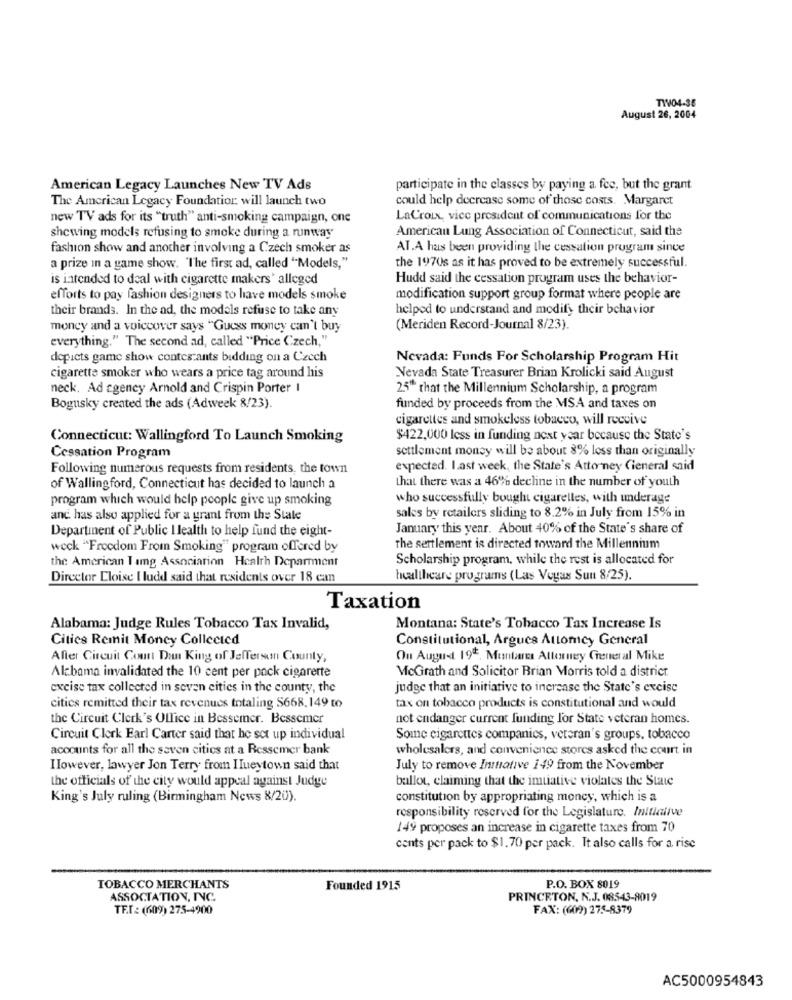
TIV04-35
August 26, 2004
American Legacy Launches New TV Ads
participate in the classes by paying a fee, but the grant
The American Legacy Foundation. will launch two
could help decrease some of those costs. Margaret
new TV ads for its "truth" anti-smoking campaign, one
LaCroix, vice president of communications for the
American Lung Association of Connecticut, said the
showing models refusing to smoke during a runway
fashion show and another involving a Czech smoker as
AT.A has been providing the cessation program since
a prize in a game show. "The first ad, called "Models,"
the 1970s as it has proved to be extremely successful.
is intended to deal with cigarette makers' alleged
Hudd said the cessation program uses the behavior-
efforts to pay fashion designers to have models smoke
modification support group format where people are
their brands. In the ad, the models refuse to take any
helped to understand and modify their behavior
moncy and a voiceover says "Guess money can't buy
(Meriden Record-Journal 8/23).
everything." The second ad, called "Price Czech,"
depicts game show contes ants bidding on a Czech
Nevada: Funds For Scholarship Program Hit
cigarette smoker who wears a price tag around his
Nevada State Treasurer Brian Krolicki said August
neck. Ad agency Arnold and Crispin Porter I
2.5" that the Millennium Scholarship, a program
Bogusky created the ads (Adweek 8/23).
funded by proceeds from the MSA and taxes on
cigarettes and smokeless tobacco, will receive
Connecticut: Wallingford To Launch Smoking
$422,000 less in funding next year because the State's
settlement money will be about 8% less than originally
Cessation Program
Following numerous requests from residents, the town
expected. Last week, the State's Attorney Cieneral said
that there was a 46% decline in the number of youth
of Wallingford, Connecticut has decided to launch a
program which would help people give up smoking
who successfully bought cigarelles, with underage
and has also applied for a grant from the State
sales by retailers sliding to 8.2% in July from 15% in
Department of Public I lealth to help fund the eight-
January this year. About 40% of the State's share of
weck "Freedom From Smoking" program offered by
the settlement is directed toward the Millennium
the American Tamg Association Health Deparment
Scholarship program, while the rest is allocated for
Director Eloise I ludd said that residents over 18 can
healthcare programs (Las Vegas Sun 8/25).
Taxation
Alabama: Judge Rules Tobacco Tax Invalid,
Montana: State's Tobacco Tax Increase Is
Cities Remit Money Collected
Constitutional, Argues Attorney General
After Circuit Court Dan King of Jefferson County,
Ou August 198. Montare Attorney General Mike
McGrath and Solicitor Brian Morris told a district
Alabama invalidated the 10 cent per pack cigarerte
excise tax collected in seven cities in the county, the
judge that an initiative to increase the State's excise
cities remitted their tax revenues totaling S668, 149 to
tax on tobacco products is constitutional and would
the Circuit Clerk's Office in Bessemer. Bessemer
not endanger current funding for State veteran homes.
Circuit Clerk Earl Carter said that he set up individual
Some cigarettes companies, veteran's groups, tobacco
accounts for all the seven cities at a Ressemer bank
wholesalers, and convenience stores asked the court in
However, lawyer Jon Terry from IIueytown said that
July to remove Initiative 149 from the November
the officials of the city would appeal against Judge
ballot, claiming that the imtiative violates the State
King's July ruling (Birmingham News 8/20).
constitution by appropriating moncy, which is a
responsibility reserved for the Legislature. Initiative
149 proposes an increase in cigarette taxes from 70
cents per pack to $1.70 per pack. It also calls for a rise
TOBACCO MERCHANTS
Founded 1915
P.O. BOX 8019
ASSOCIATION, INC.
PRINCETON, N.J. 08543-8019
TE.T .: (609) 275-4900
FAX: (609) 275-8379
AC5000954843